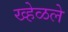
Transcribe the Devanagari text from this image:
ख्हेळले